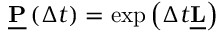
\begin{array} { r } { \underline { { \mathbf { P } } } \left( \Delta t \right) = \exp \left( \Delta t \underline { { \mathbf { L } } } \right) } \end{array}